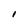
Character: I